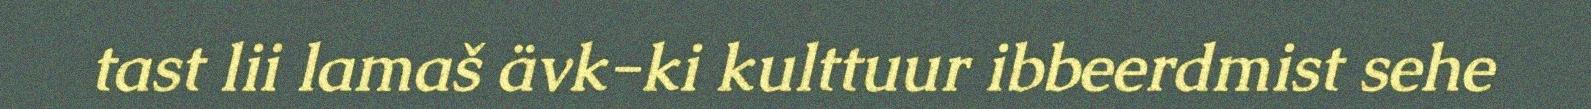
tast lii lamaš ävk-ki kulttuur ibbeerdmist sehe